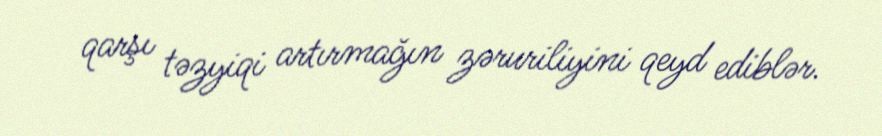
qarşı təzyiqi artırmağın zəruriliyini qeyd ediblər.